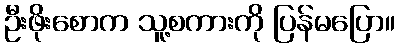
ဦးဖိုးစောက သူ့စကားကို ပြန်မပြော။